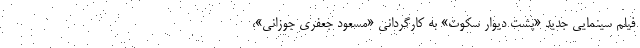
فیلم سینمایی جدید «پشت دیوار سکوت» به کارگردانی «مسعود جعفری جوزانی»،